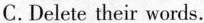
C. Delete their words.